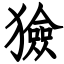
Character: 獫